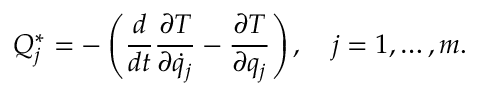
Q _ { j } ^ { * } = - \left( { \frac { d } { d t } } { \frac { \partial T } { \partial { \dot { q } } _ { j } } } - { \frac { \partial T } { \partial q _ { j } } } \right) , \quad j = 1 , \ldots , m .